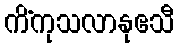
ကိံကုသလာနုဧသီ